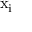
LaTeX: { \mathrm { x } } _ { \mathrm { i } }